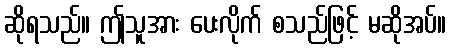
ဆိုရသည်။ ဤသူအား ပေးလိုက် စသည်ဖြင့် မဆိုအပ်။